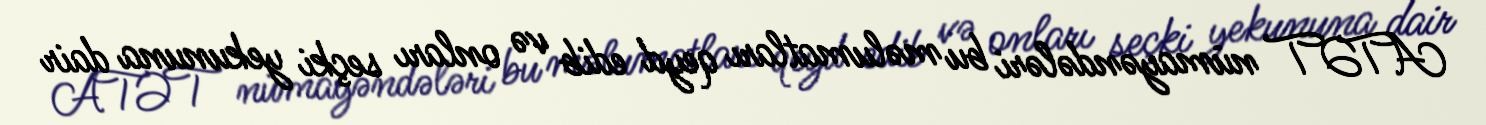
ATƏT nümayəndələri bu məlumatları qeyd edib və onları seçki yekununa dair